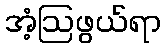
အံ့ဩဖွယ်ရာ